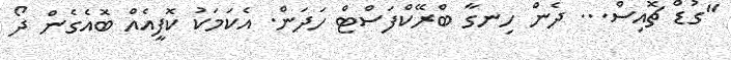
"ގުޑް ޗޮއިސް... ދެން ހިނގާ ބްރޭކްފަސްޓް ހަދަން. އެކަމަކު ކޮފީއެއް ބޮއެގެން ދޯ